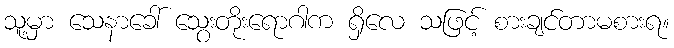
သူ့မှာ သေနာခေါ် သွေးတိုးရောဂါက ရှိလေ သဖြင့် စားချင်တာမစားရ။